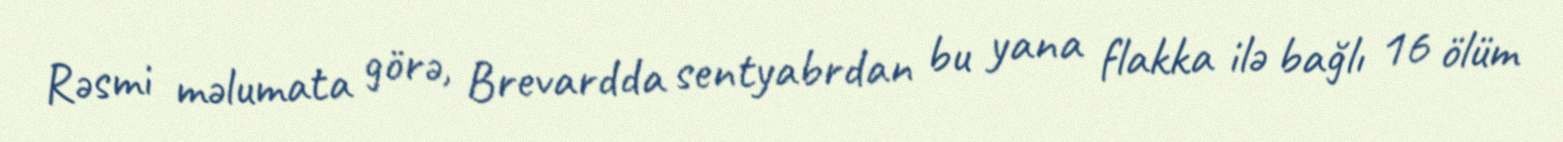
Rəsmi məlumata görə, Brevardda sentyabrdan bu yana flakka ilə bağlı 16 ölüm